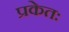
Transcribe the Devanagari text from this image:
प्रकेतः